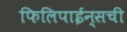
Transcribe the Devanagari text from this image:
फिलिपाईन्सची